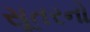
સૂતરનો